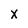
Character: X